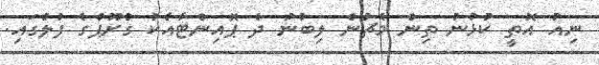
ނިއު އޮތީ ކުޅުނު ތިން މެޗުން ލިބުނު ދެ ޕޮއިންޓާއެކު ގްރޫޕްގެ ފުލުގައި.